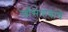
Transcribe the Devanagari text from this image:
खाँसाहेबांचे